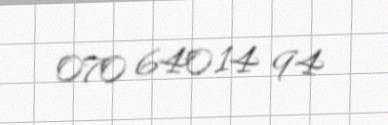
070 640 14 94